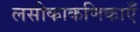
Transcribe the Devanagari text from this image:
लसीकाकणिकाएँ